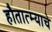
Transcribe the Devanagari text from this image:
हौतात्म्याचे